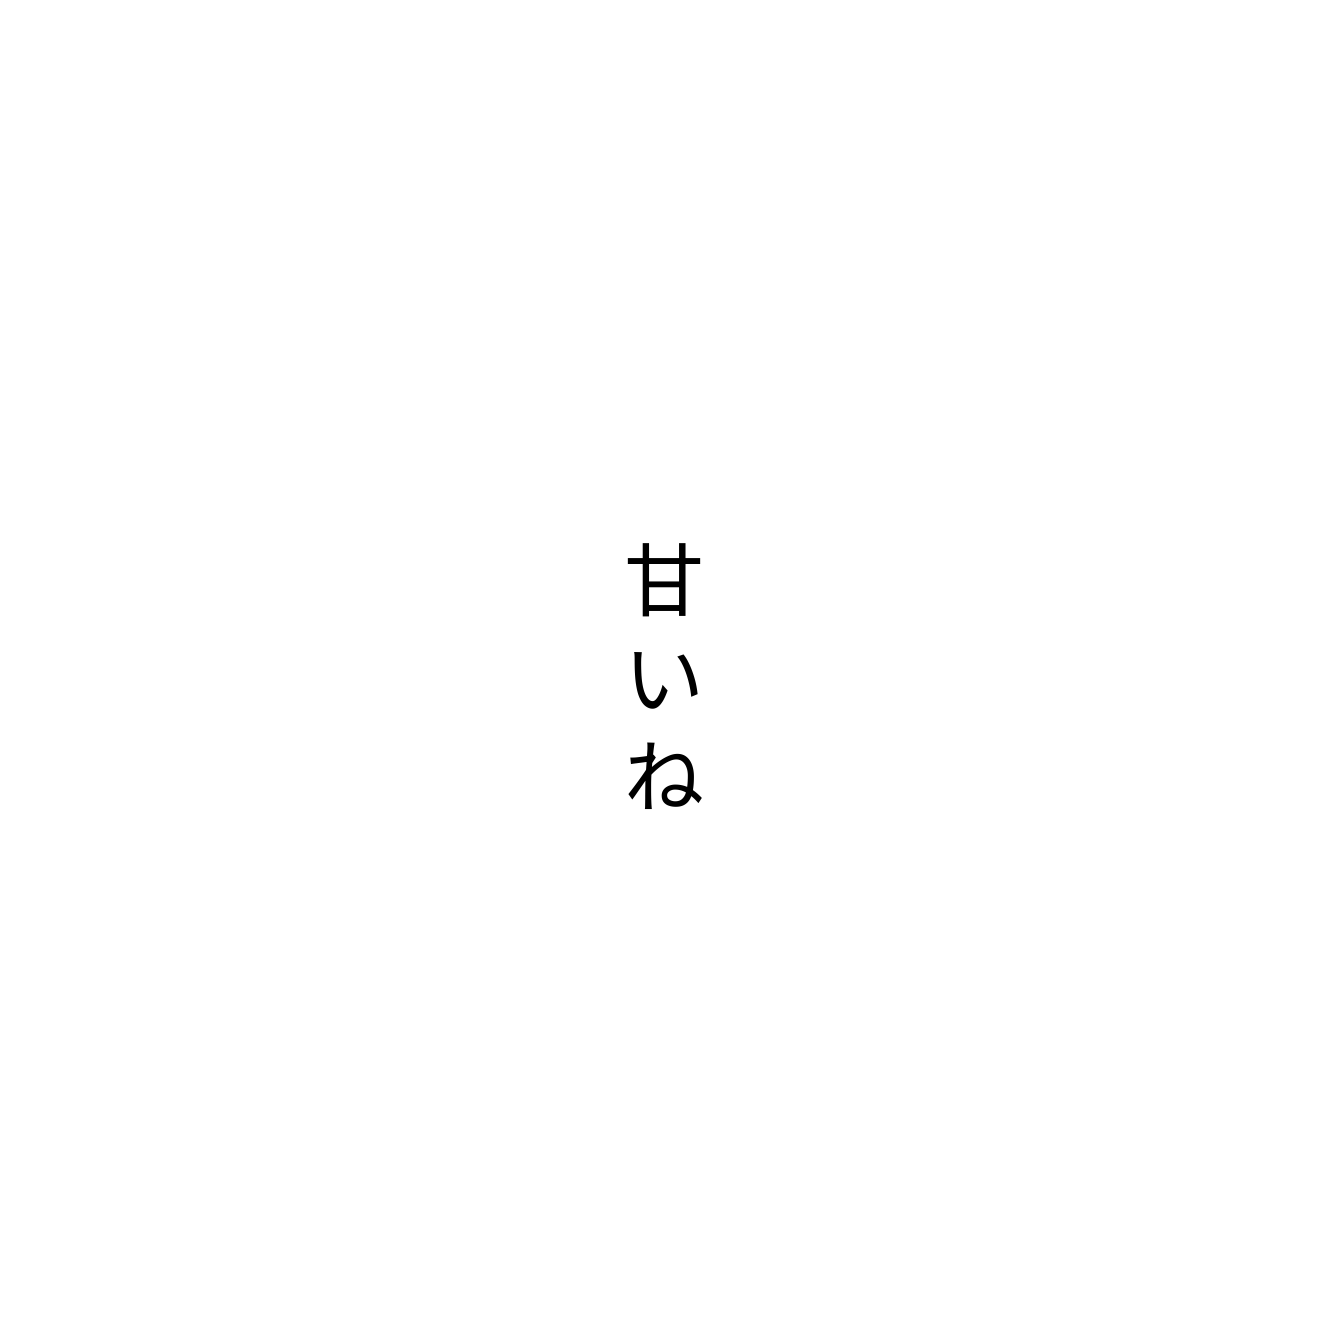
甘いね